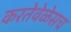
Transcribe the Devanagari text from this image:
करतेवेळेसच